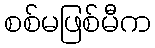
စစ်မဖြစ်မီက